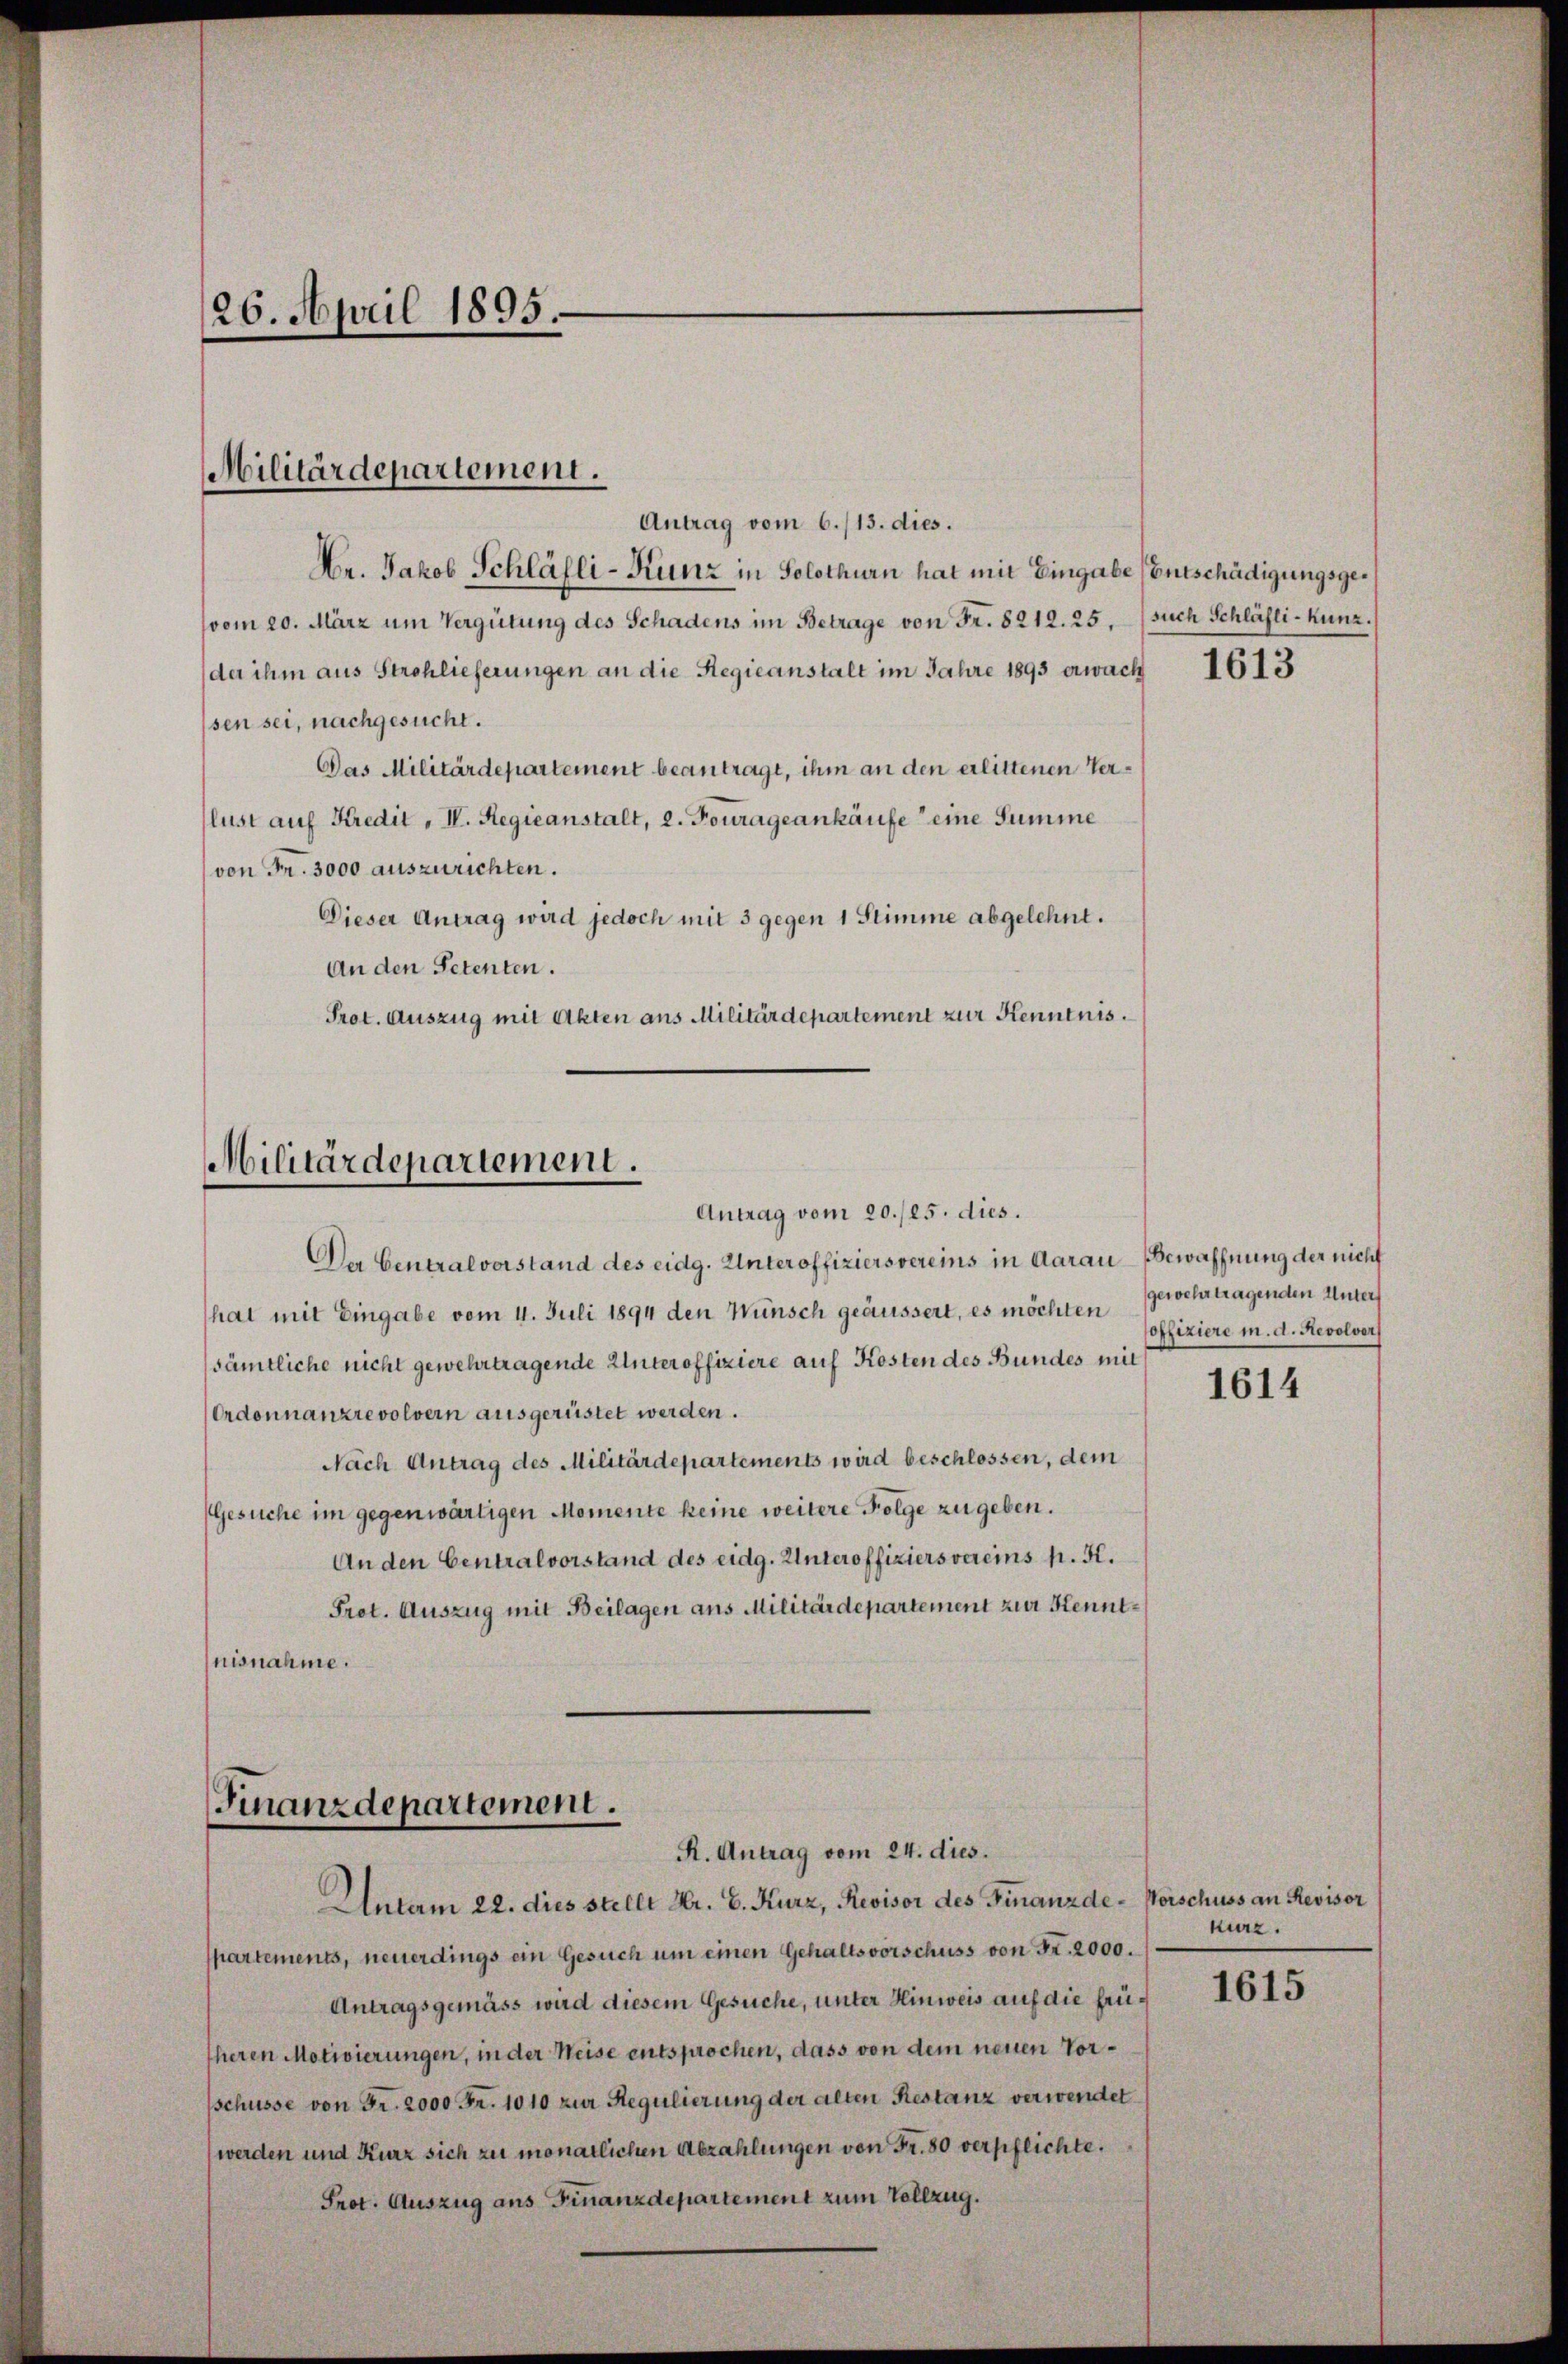
Antrag vom 6./13. dies.
Mr. Jakob Schläfli-Kunz in Solothurn hat mit Eingabe (Entschädigungsgevom 20. März um Vergütung des Schadens im Betrage von Fr. 8212. 25. such Schläfli-Kunz.
der ihm aus Strohlieferungen an die Regieanstalt im Jahre 1893 erwach
sen sei, nachgesucht.
Das Militärdepartement beantragt, ihm an den erlittenen Verlust auf Kredit, I. Regieanstalt, 2. Fourage ankäufe eine Summe
von Fr. 3000 auszurichten.
Dieser Antrag wird jedoch mit 3 gegen 1 Stimme abgelehnt.
An den Petenten.
Prot. Auszug mit Akten aus Militärdepartement zur Kenntnis¬

26. April 1895.

Militärdepartement.

Militärdepartement.
Antrag vom 20./25. dies.

Der Generalvorstand des eidg. Unteroffiziers vereins in Aarau Bewaffnung der nicht
hat mit Eingabe vom 4. Juli 1894 den Wünsch geäussert, es möchten
sämtliche nicht gewehrtragende Unteroffiziere auf Kosten des Bundes mit
Ordonnanzrevolvern ausgerüstet werden.
Nach Antrag des Militärdepartements wird beschlossen, dem
Gesuche im gegenwärtigen Momente keine weitere Folge zu geben.
An den Centralvorstand des eidg. Unteroffiziers vereins N. K.
Prot. Auszug mit Beilagen aus Militärdepartement zur Kenntnisnahme.

Finanzdepartement.
R. Antrag vom 24. dies.
Autam 22. dies stellt Hr. E. Kurz, Revisor des Finanzde-Vorschuss an Revisor

partements, neuerdings ein Gesuch um einen Gehaltsvorschuss von Fr. 2000.
Antragsgemäss wird diesem Gesuche, unter Hinweis auf die frü¬
Eheren Motivierungen, in der Weise entsprochen, dass von dem neuen Vorsschüsse von Fr. 2000 Fr. 1010 zur Regulierung der alten Restanz verwendet
werden und Kurz sich zu monatlichen Abzahlungen von Fr. 80 verpflichte.
Prot. Auszug aus Finanzdepartement zum Vollzug.

1613

gewehr tragenden Unter
soffiziere m. d. Revolver

1614

kurz.

1615